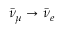
\bar { \nu } _ { \mu } \rightarrow \bar { \nu } _ { e }